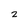
Character: 2